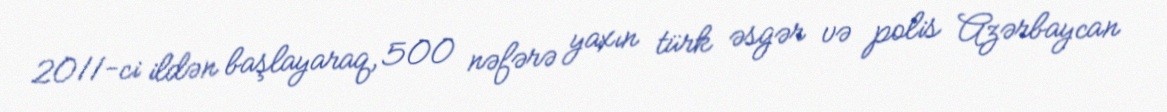
2011-ci ildən başlayaraq, 500 nəfərə yaxın türk əsgər və polis Azərbaycan